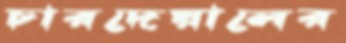
চারদেয়ালের